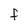
Character: f